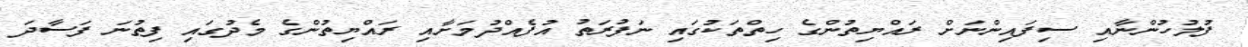
ފުލުހުންނާއި ސިފައިންނަށް ރައްޔިތުންގެ ހިތްތަކުގައި ނަފުރަތު އުފެއްދުމަށާއި ރައްޔިތުންގެ މެދުގައި ފިތުނަ ފަސާދަ